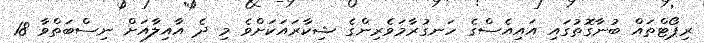
ރިޕޯޓްތައް ބުނާގޮތުގައި އައިއެސްގެ ހަނގުރާމަވެރިންގެ ޝިކާރައަކަށްވެ މި ދެ އާއިލާއަށް ނިސްބަތްވާ 18